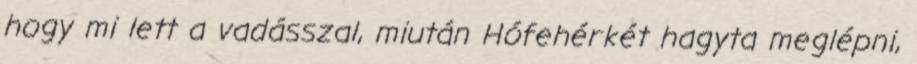
hogy mi lett a vadásszal, miután Hófehérkét hagyta meglépni,